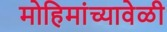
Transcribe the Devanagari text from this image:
मोहिमांच्यावेळी